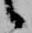
候